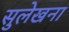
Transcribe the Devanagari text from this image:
सुलेखना